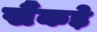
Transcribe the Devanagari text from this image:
सैंकड़े